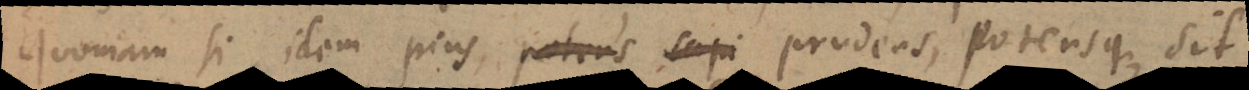
Quoniam si idem pius, potens, sapi prudens, potensque sit,